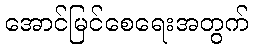
အောင်မြင်စေရေးအတွက်